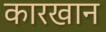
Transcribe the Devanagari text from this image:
कारखान